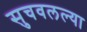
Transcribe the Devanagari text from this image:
सुचवलल्या